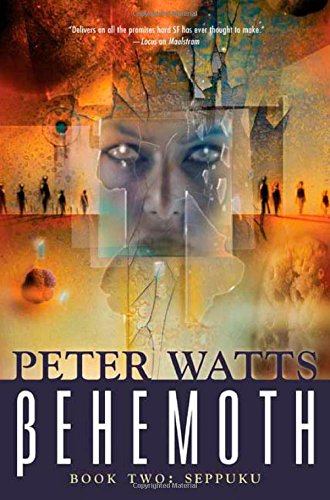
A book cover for Behemoth: Seppuku (Bk. 2); Peter Watts; Science Fiction & Fantasy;